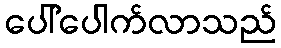
ပေါ်ပေါက်လာသည်